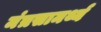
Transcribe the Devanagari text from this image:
मंत्रसामर्थ्य